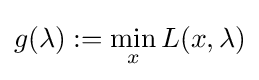
g(\lambda ):=\min _{x}L(x,\lambda )